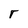
Character: r